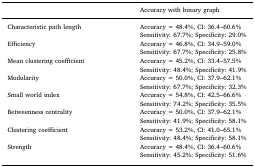
<table><thead><tr><td></td><td><b>Accuracy with binary graph</b></td></tr></thead><tbody><tr><td rowspan="2">Characteristic path length</td><td>Accuracy = 48.4%, CI: 36.4–60.6%</td></tr><tr><td>Sensitivity: 67.7%; Specificity: 29.0%</td></tr><tr><td rowspan="2">Efficiency</td><td>Accuracy = 46.8%, CI: 34.9–59.0%</td></tr><tr><td>Sensitivity: 67.7%; Specificity: 25.8%</td></tr><tr><td rowspan="2">Mean clustering coefficient</td><td>Accuracy = 45.2%, CI: 33.4–57.5%</td></tr><tr><td>Sensitivity: 48.4%; Specificity: 41.9%</td></tr><tr><td rowspan="2">Modularity</td><td>Accuracy = 50.0%, CI: 37.9–62.1%</td></tr><tr><td>Sensitivity: 67.7%; Specificity: 32.3%</td></tr><tr><td rowspan="2">Small world index</td><td>Accuracy = 54.8%, CI: 42.5–66.6%</td></tr><tr><td>Sensitivity: 74.2%; Specificity: 35.5%</td></tr><tr><td rowspan="2">Betweenness centrality</td><td>Accuracy = 50.0%, CI: 37.9–62.1%</td></tr><tr><td>Sensitivity: 41.9%; Specificity: 58.1%</td></tr><tr><td rowspan="2">Clustering coefficient</td><td>Accuracy = 53.2%, CI: 41.0–65.1%</td></tr><tr><td>Sensitivity: 48.4%; Specificity: 58.1%</td></tr><tr><td rowspan="2">Strength</td><td>Accuracy = 48.4%, CI: 36.4–60.6%</td></tr><tr><td>Sensitivity: 45.2%; Specificity: 51.6%</td></tr></tbody></table>